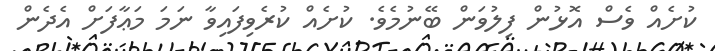
ކުށެއް ވެސް އޮޅުން ފިލުވަން ބޭނުމެވެ. ކުށެއް ކުރެވިފައިވާ ނަމަ މަޢާފަށް އެދެން